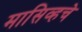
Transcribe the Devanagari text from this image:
मासिव्हचे